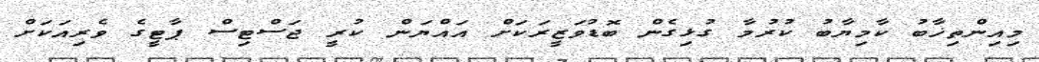
މިއިންތިޚާބު ކާމިޔާބު ކުރުމާ ގުޅިގެން ބޮޑުވަޒީރަކަށް އައްޔަން ކުރީ ޖަސްޓިސް ޕާޓީގެ ވެރިއަކަށް